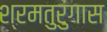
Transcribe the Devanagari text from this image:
श्रमतुरुंगास